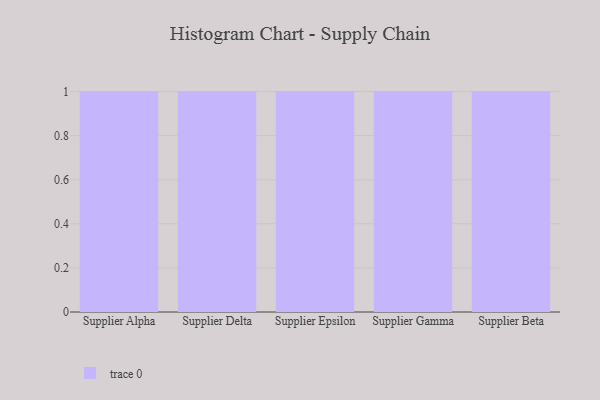
{"axis": {"x": "Supplier", "y": "Net Income (USD K)"}, "legend": [""], "data": [{"x": "Supplier Alpha", "y": 100, "type": ""}, {"x": "Supplier Delta", "y": 38, "type": ""}, {"x": "Supplier Epsilon", "y": 32, "type": ""}, {"x": "Supplier Gamma", "y": 32, "type": ""}, {"x": "Supplier Beta", "y": 38, "type": ""}]}